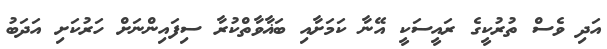
އަދި ވެސް ތުރުކީގެ ރައީސަކީ އޭނާ ކަމަށާއި ބަޣާވާތްކުރާ ސިފައިންނަށް ހަރުކަށި އަދަބު